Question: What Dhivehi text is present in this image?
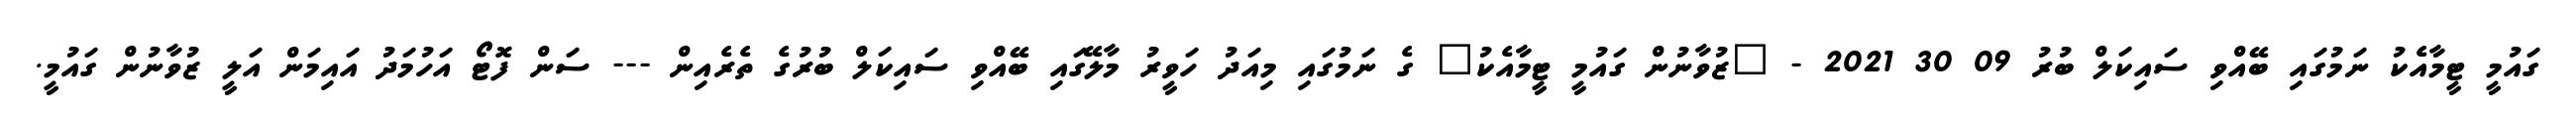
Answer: ގައުމީ ޓީމާއެކު ނަމުގައި ބޭއްވި ސައިކަލް ބުރު 09 30 2021 - "ޒުވާނުން ގައުމީ ޓީމާއެކު" ގެ ނަމުގައި މިއަދު ހަވީރު މާލޭގައި ބޭއްވި ސައިކަލް ބުރުގެ ތެރެއިން --- ސަން ފޮޓޯ އަހުމަދު އައިމަން އަލީ ޒުވާނުން ގައުމީ.